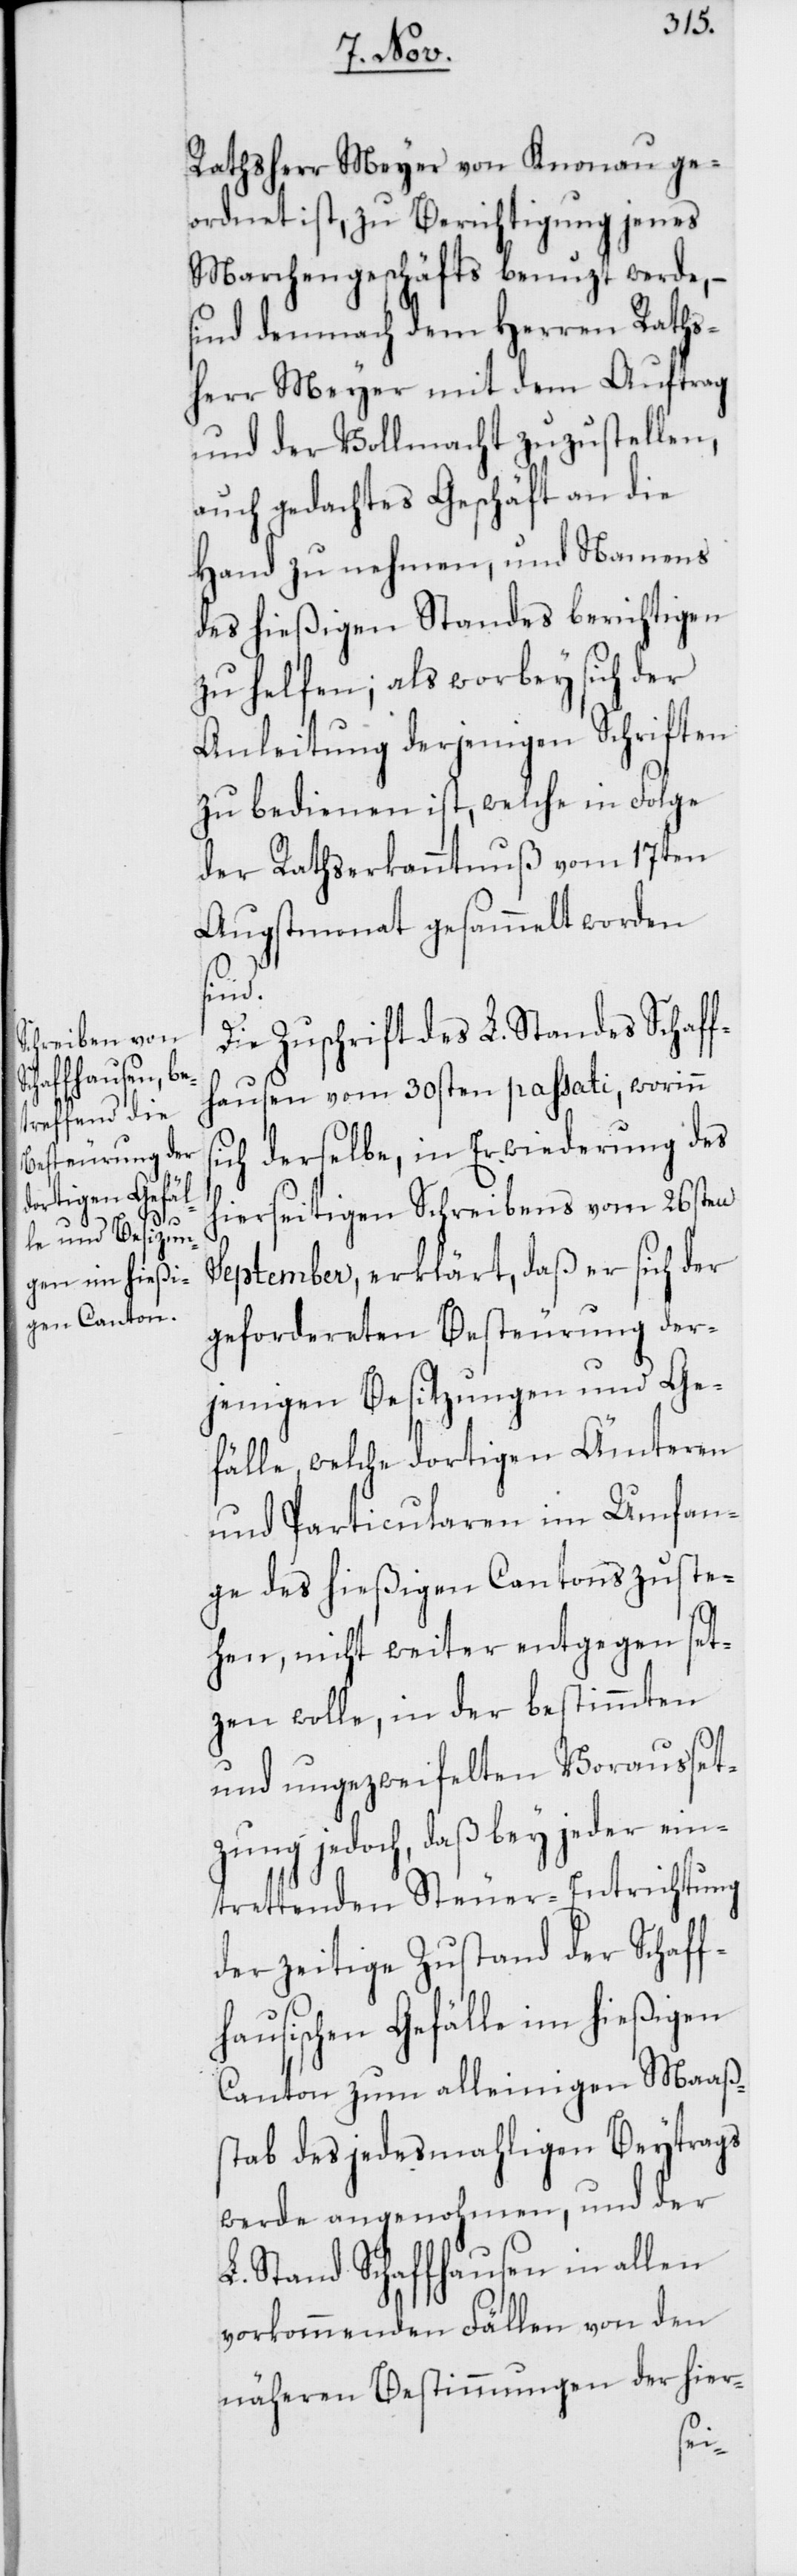
s¬

Rathsherr Meyer von Knonau ge¬
ordnet ist, zu Berichtigung jenes
Marchengeschäfts benuzt werde, –
sind demnach dem Herren Raths¬
herr Meyer mit dem Auftrag
und der Vollmacht zuzustellen,
auch gedachtes Geschäft an die
Hand zu nehmen, und Namens
des hießigen Standes berichtigen
zu helfen; als worbey sich der
Anleitung derjenigen Schriften
zu bedienen ist, welche in Folge
der Rathserkanntnuß vom 17ten
Augstmonat gesammelt worden
sind.
Die Zuschrift des L. Standes Schaff¬
hausen vom 30sten passati, worinn
ich derselbe, in Erwiederung des
hierseitigen Schreibens vom 26sten
September, erklärt, daß er sich der
gefordereten Besteurung der¬
jenigen Besitzungen und Ge¬
fälle, welche dortigen Ämteren
und Particularen im Umfan¬
ge des hießigen Cantons zuste¬
hen, nicht weiter entgegen set¬
zen wolle, in der bestimmten
und ungezweifelten Vorausset¬
zung jedoch, daß bey jeder ein¬
trettenden Steuer-Entrichtung
der zeitige Zustand der Schaff¬
hausischen Gefälle im hießigen
Canton zum alleinigen Maaßs¬
tab des jedesmahligen Beytrags
werde angenohmen, und der
L. Stand Schaffhausen in allen
vorkommenden Fällen von den
näheren Bestimmungen der hier-